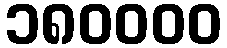
၁၈၀၀၀၀